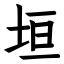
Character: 垣